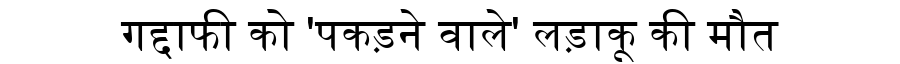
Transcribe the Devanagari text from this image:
गद्दाफी को 'पकड़ने वाले' लड़ाकू की मौत